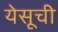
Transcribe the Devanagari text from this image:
येसूची